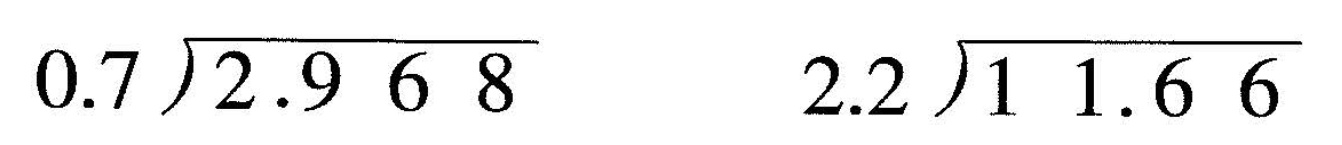
\longdiv{0.7}{2.968} \longdiv{2.2}{11.66}